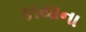
કાયાના